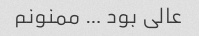
عالی بود … ممنونم